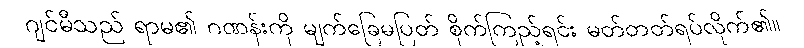
ဂျင်မီသည် ရာမ၏ ဂဏန်းကို မျက်ခြေမပြတ် စိုက်ကြည့်ရင်း မတ်တတ်ရပ်လိုက်၏။